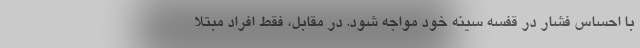
با احساس فشار در قفسه سینه خود مواجه شود. در مقابل، فقط افراد مبتلا